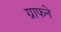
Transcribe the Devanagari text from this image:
ग्राफने